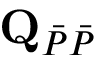
\mathbf { Q } _ { \Bar { P } \Bar { P } }